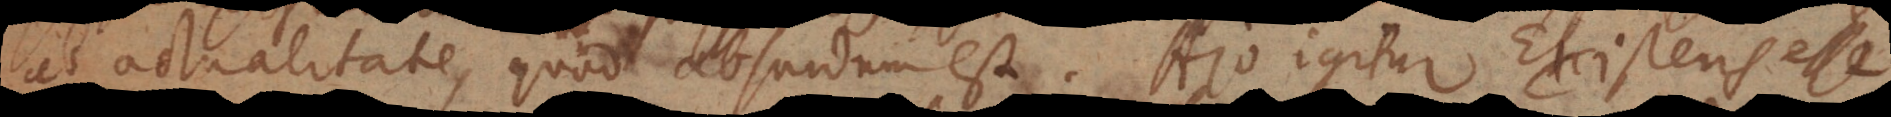
ab actualitate, quod absurdum est. Ajo igitur Existens esse